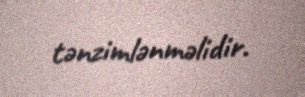
tənzimlənməlidir.